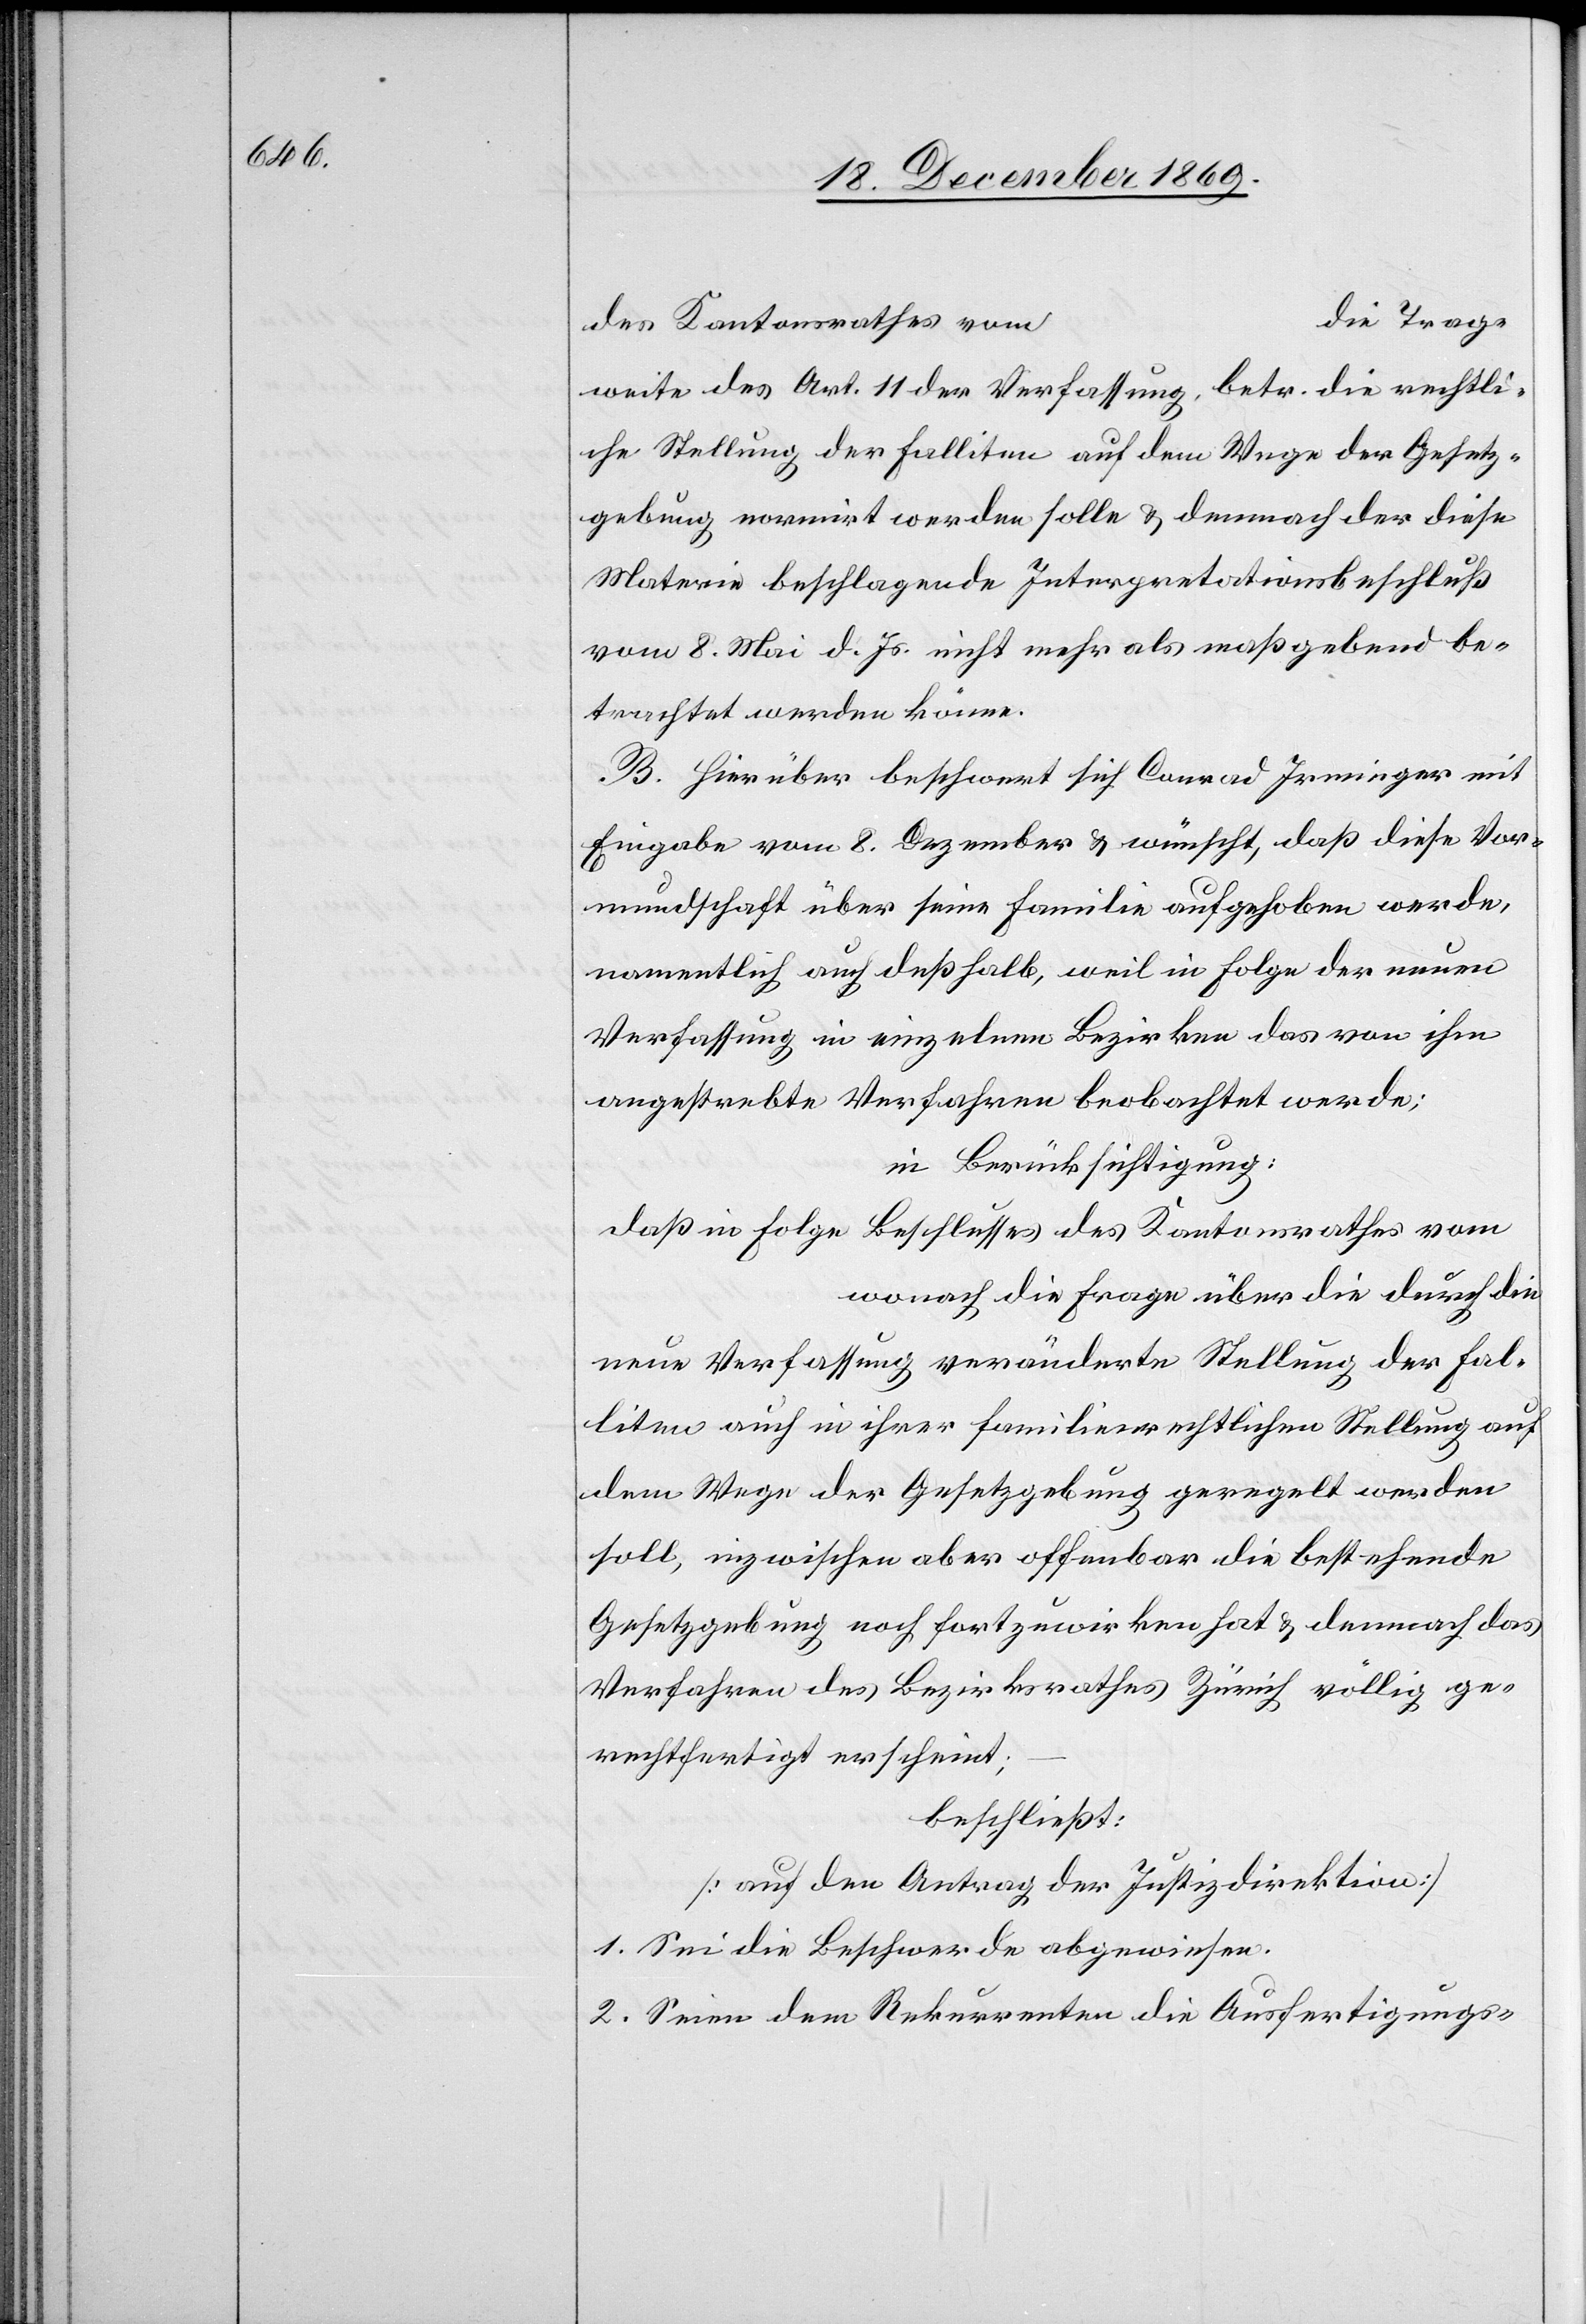
die Trag¬
des Kantonsrathes vom
weite des Art. 11 der Verfassung, betr. die rechtli¬
che Stellung der Falliten auf dem Wege der Gesetz¬
gebung normirt werden solle & demnach der diese
Materie beschlagende Interpretationsbeschluß
vom 8. Mai d. Js. nicht mehr als maßgebend be¬
trachtet werden könne.
B. Hierüber beschwert sich Conrad Irminger mit
Eingabe vom 8. Dezember & wünscht, daß diese Vor¬
mundschaft über seine Familie aufgehoben werde,
namentlich auch deßhalb, weil in Folge der neuen
Verfassung in einzelnen Bezirken das von ihm
angestrebte Verfahren beobachtet werde;
in Berücksichtigung:
daß in Folge Beschlusses des Kantonsrathes vom
wonach die Frage über die durch die
neue Verfassung veränderte Stellung der Fal¬
liten auch in ihrer familienrechtlichen Stellung auf
dem Wege der Gesetzgebung geregelt werden
soll, inzwischen aber offenbar die bestehende
Gesetzgebung noch fortzuwirken hat & demnach das
Verfahren des Bezirksrathes Zürich völlig ge¬
rechtfertigt erscheint;
beschließt:
[auf den Antrag der Justizdirektion]
1. Sei die Beschwerde abgewiesen.
2. Seien dem Rekurrenten die Ausfertigungs-